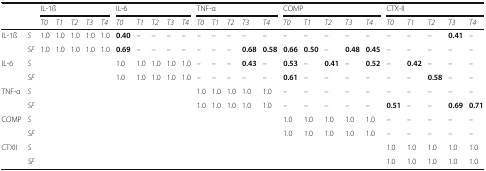
<table><thead><tr><td></td><td></td><td colspan="5"><b>IL-1ß</b></td><td colspan="5"><b>IL-6</b></td><td colspan="5"><b>TNF-α</b></td><td colspan="5"><b>COMP</b></td><td colspan="5"><b>CTX-II</b></td></tr><tr><td></td><td></td><td><b><i>T0</i></b></td><td><b><i>T1</i></b></td><td><b><i>T2</i></b></td><td><b><i>T3</i></b></td><td><b><i>T4</i></b></td><td><b><i>T0</i></b></td><td><b><i>T1</i></b></td><td><b><i>T2</i></b></td><td><b><i>T3</i></b></td><td><b><i>T4</i></b></td><td><b><i>T0</i></b></td><td><b><i>T1</i></b></td><td><b><i>T2</i></b></td><td><b><i>T3</i></b></td><td><b><i>T4</i></b></td><td><b><i>T0</i></b></td><td><b><i>T1</i></b></td><td><b><i>T2</i></b></td><td><b><i>T3</i></b></td><td><b><i>T4</i></b></td><td><b><i>T0</i></b></td><td><b><i>T1</i></b></td><td><b><i>T2</i></b></td><td><b><i>T3</i></b></td><td><b><i>T4</i></b></td></tr></thead><tbody><tr><td rowspan="2">IL-1ß</td><td><i>S</i></td><td>1.0</td><td>1.0</td><td>1.0</td><td>1.0</td><td>1.0</td><td><b>0.40</b></td><td>–</td><td>–</td><td>–</td><td>–</td><td>–</td><td>–</td><td>–</td><td>–</td><td>–</td><td>–</td><td>–</td><td>–</td><td>–</td><td>–</td><td>–</td><td>–</td><td>–</td><td><b>0.41</b></td><td>–</td></tr><tr><td><i>SF</i></td><td>1.0</td><td>1.0</td><td>1.0</td><td>1.0</td><td>1.0</td><td><b>0.69</b></td><td>–</td><td>–</td><td>–</td><td>–</td><td>–</td><td>–</td><td>–</td><td><b>0.68</b></td><td><b>0.58</b></td><td><b>0.66</b></td><td><b>0.50</b></td><td>–</td><td><b>0.48</b></td><td><b>0.45</b></td><td>–</td><td>–</td><td>–</td><td>–</td><td>–</td></tr><tr><td rowspan="2">IL-6</td><td><i>S</i></td><td></td><td></td><td></td><td></td><td></td><td>1.0</td><td>1.0</td><td>1.0</td><td>1.0</td><td>1.0</td><td>–</td><td>–</td><td>–</td><td><b>0.43</b></td><td>–</td><td><b>0.53</b></td><td>–</td><td><b>0.41</b></td><td>–</td><td><b>0.52</b></td><td>–</td><td><b>0.42</b></td><td>–</td><td>–</td><td>–</td></tr><tr><td><i>SF</i></td><td></td><td></td><td></td><td></td><td></td><td>1.0</td><td>1.0</td><td>1.0</td><td>1.0</td><td>1.0</td><td>–</td><td>–</td><td>–</td><td>–</td><td>–</td><td><b>0.61</b></td><td>–</td><td>–</td><td>–</td><td>–</td><td>–</td><td>–</td><td><b>0.58</b></td><td>–</td><td>–</td></tr><tr><td rowspan="2">TNF-α</td><td><i>S</i></td><td></td><td></td><td></td><td></td><td></td><td></td><td></td><td></td><td></td><td></td><td>1.0</td><td>1.0</td><td>1.0</td><td>1.0</td><td>1.0</td><td>–</td><td>–</td><td>–</td><td>–</td><td>–</td><td>–</td><td>–</td><td>–</td><td>–</td><td>–</td></tr><tr><td><i>SF</i></td><td></td><td></td><td></td><td></td><td></td><td></td><td></td><td></td><td></td><td></td><td>1.0</td><td>1.0</td><td>1.0</td><td>1.0</td><td>1.0</td><td>–</td><td>–</td><td>–</td><td>–</td><td>–</td><td><b>0.51</b></td><td>–</td><td>–</td><td><b>0.69</b></td><td><b>0.71</b></td></tr><tr><td rowspan="2">COMP</td><td><i>S</i></td><td></td><td></td><td></td><td></td><td></td><td></td><td></td><td></td><td></td><td></td><td></td><td></td><td></td><td></td><td></td><td>1.0</td><td>1.0</td><td>1.0</td><td>1.0</td><td>1.0</td><td>–</td><td>–</td><td>–</td><td>–</td><td>–</td></tr><tr><td><i>SF</i></td><td></td><td></td><td></td><td></td><td></td><td></td><td></td><td></td><td></td><td></td><td></td><td></td><td></td><td></td><td></td><td>1.0</td><td>1.0</td><td>1.0</td><td>1.0</td><td>1.0</td><td>–</td><td>–</td><td>–</td><td>–</td><td>–</td></tr><tr><td rowspan="2">CTXII</td><td><i>S</i></td><td></td><td></td><td></td><td></td><td></td><td></td><td></td><td></td><td></td><td></td><td></td><td></td><td></td><td></td><td></td><td></td><td></td><td></td><td></td><td></td><td>1.0</td><td>1.0</td><td>1.0</td><td>1.0</td><td>1.0</td></tr><tr><td><i>SF</i></td><td></td><td></td><td></td><td></td><td></td><td></td><td></td><td></td><td></td><td></td><td></td><td></td><td></td><td></td><td></td><td></td><td></td><td></td><td></td><td></td><td>1.0</td><td>1.0</td><td>1.0</td><td>1.0</td><td>1.0</td></tr></tbody></table>